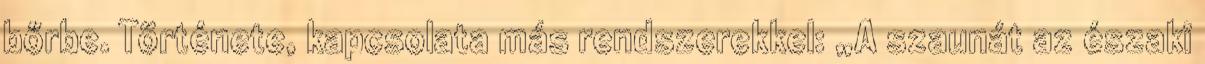
bőrbe. Története, kapcsolata más rendszerekkel: „A szaunát az északi